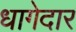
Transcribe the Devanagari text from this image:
धागेदार